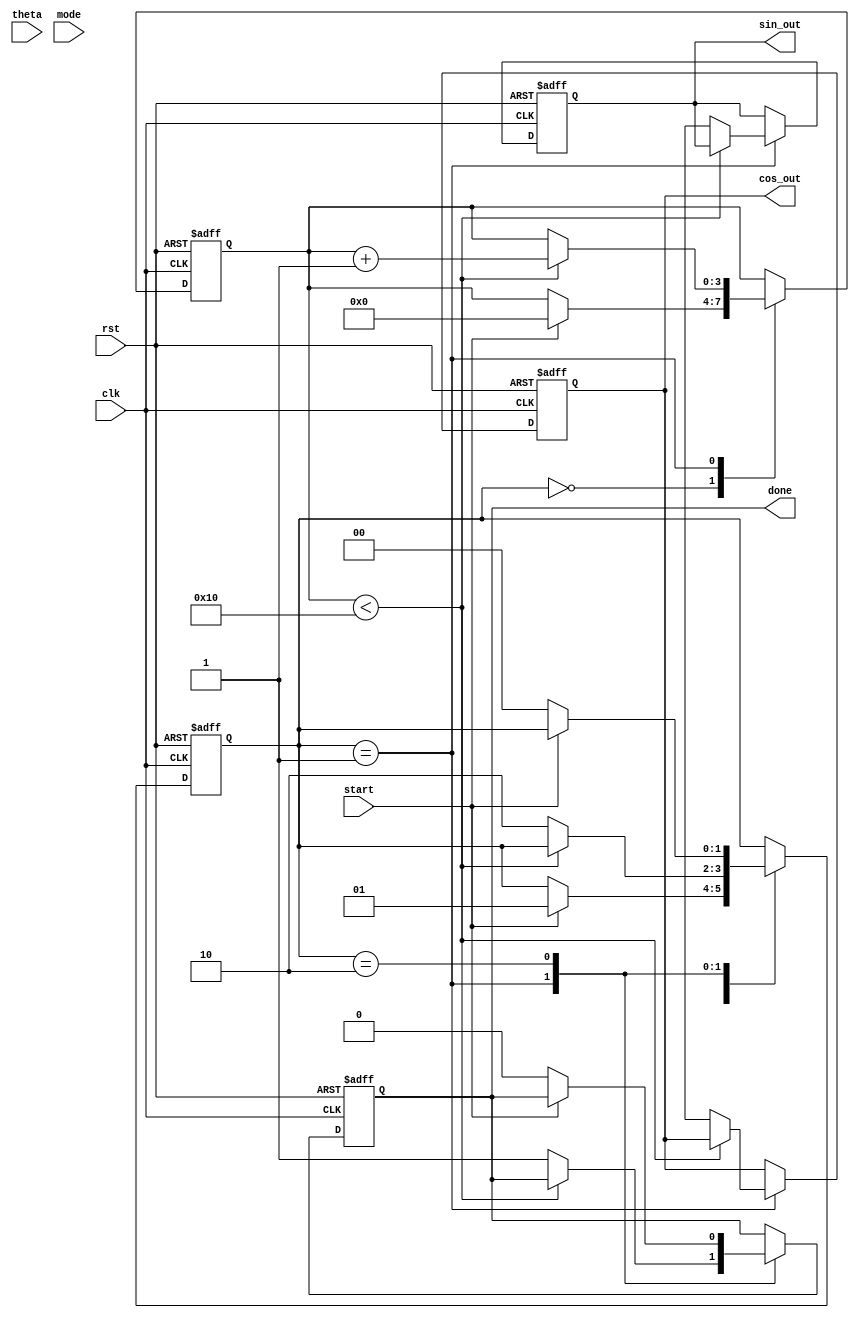
module cordic (
    input wire clk,
    input wire rst,
    input wire [15:0] theta, // Fixed-point angle input
    input wire mode,         // Mode select (0: rotation, 1: vectoring)
    input wire start,        // Start signal
    output reg [15:0] sin_out, // Sine output
    output reg [15:0] cos_out, // Cosine output
    output reg done          // Done signal
);

    // Parameters
    parameter NUM_ITERATIONS = 16; // Number of iterations
    parameter ANGLE_WIDTH = 16;     // Width for angle representation
    parameter CORDIC_GAIN = 16'h26DD; // Precomputed CORDIC gain (1.64676... * 2^16)

    // Internal registers
    reg [ANGLE_WIDTH-1:0] x [0:NUM_ITERATIONS-1]; // x coordinates
    reg [ANGLE_WIDTH-1:0] y [0:NUM_ITERATIONS-1]; // y coordinates
    reg [ANGLE_WIDTH-1:0] z [0:NUM_ITERATIONS-1]; // angle accumulator
    reg [ANGLE_WIDTH-1:0] arctan_lut [0:NUM_ITERATIONS-1]; // Lookup table for arctangent values
    reg [3:0] iteration; // Iteration counter
    reg [1:0] state; // FSM state

    // State encoding
    localparam IDLE = 2'b00;
    localparam RUN = 2'b01;
    localparam DONE = 2'b10;

    // Initialize lookup table values for arctangent
    initial begin
        arctan_lut[0] = 16'h2000; // atan(1) = 45 degrees
        arctan_lut[1] = 16'h1333; // atan(0.5) = 26.565 degrees
        arctan_lut[2] = 16'h0A3D; // atan(0.25) = 14.036 degrees
        // Add more values as needed
        // ...
    end

    // FSM for control
    always @(posedge clk or posedge rst) begin
        if (rst) begin
            state <= IDLE;
            done <= 0;
            iteration <= 0;
            sin_out <= 0;
            cos_out <= 0;
        end else begin
            case (state)
                IDLE: begin
                    if (start) begin
                        // Initialize registers
                        x[0] <= CORDIC_GAIN; // Initial x = K
                        y[0] <= 0;           // Initial y = 0
                        z[0] <= theta;       // Load input angle
                        iteration <= 0;
                        state <= RUN;
                    end
                end
                RUN: begin
                    if (iteration < NUM_ITERATIONS) begin
                        // Perform CORDIC rotation or vectoring
                        if (z[iteration] < 0) begin
                            x[iteration + 1] <= x[iteration] + (y[iteration] >>> iteration);
                            y[iteration + 1] <= y[iteration] - (x[iteration] >>> iteration);
                            z[iteration + 1] <= z[iteration] + arctan_lut[iteration];
                        end else begin
                            x[iteration + 1] <= x[iteration] - (y[iteration] >>> iteration);
                            y[iteration + 1] <= y[iteration] + (x[iteration] >>> iteration);
                            z[iteration + 1] <= z[iteration] - arctan_lut[iteration];
                        end
                        iteration <= iteration + 1;
                    end else begin
                        // Final output calculation
                        sin_out <= y[NUM_ITERATIONS]; // Sine output
                        cos_out <= x[NUM_ITERATIONS]; // Cosine output
                        done <= 1; // Indicate completion
                        state <= DONE;
                    end
                end
                DONE: begin
                    if (!start) begin
                        done <= 0; // Reset done flag
                        state <= IDLE; // Go back to IDLE state
                    end
                end
            endcase
        end
    end

endmodule